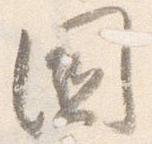
国